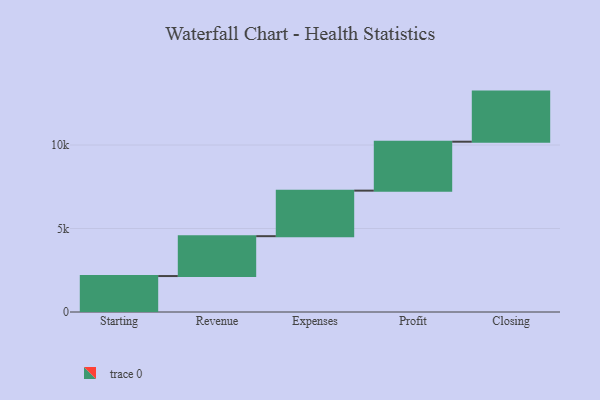
{"axis": {"x": "Step", "y": "Value"}, "legend": [""], "data": [{"x": "Starting", "y": 2153.0, "type": ""}, {"x": "Revenue", "y": 2387.0, "type": ""}, {"x": "Expenses", "y": 2728.0, "type": ""}, {"x": "Profit", "y": 2930.0, "type": ""}, {"x": "Closing", "y": 3000, "type": ""}]}